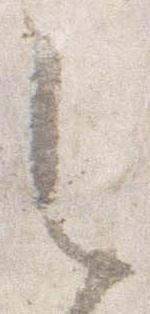
之